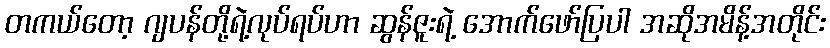
တကယ်တော့ ဂျပန်တို့ရဲ့လုပ်ရပ်ဟာ ဆွန်ဇူးရဲ့ အောက်ဖော်ပြပါ အဆိုအမိန့်အတိုင်း